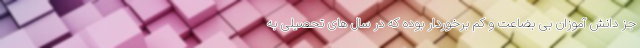
جز دانش آموزان بی بضاعت و کم برخوردار بوده که در سال های تحصیلی به